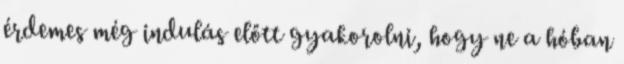
érdemes még indulás előtt gyakorolni, hogy ne a hóban